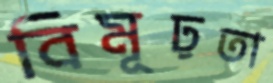
বিমূঢ়তা